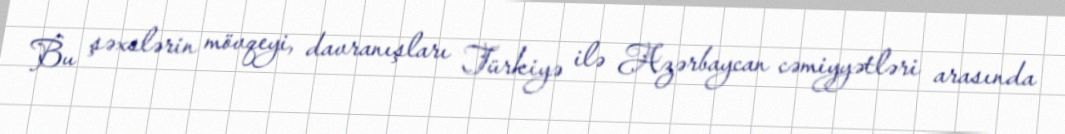
Bu şəxslərin mövqeyi, davranışları Türkiyə ilə Azərbaycan cəmiyyətləri arasında